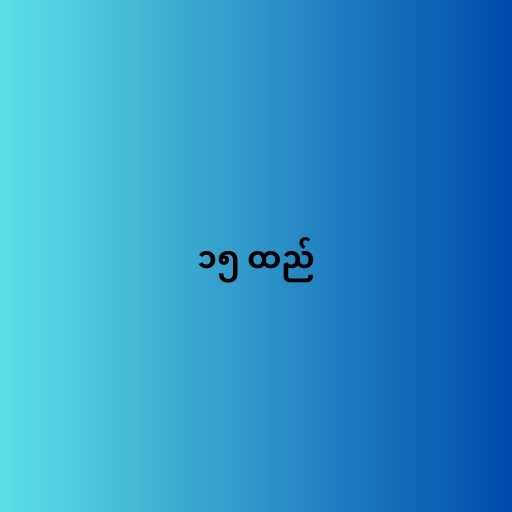
၁၅ ထည်